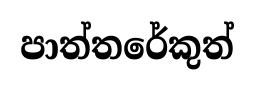
පාත්තරේකුත්